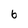
Character: 6